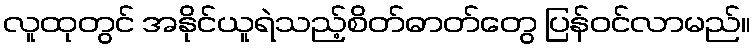
လူထုတွင် အနိုင်ယူရဲသည့်စိတ်ဓာတ်တွေ ပြန်ဝင်လာမည်။